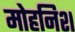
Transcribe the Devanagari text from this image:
मोहनिश